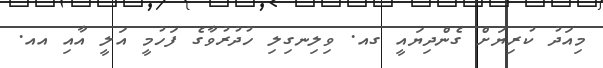
މިއަދު ކުރިޔަށް ގެންދިޔައީ ގއ. ވިލިނގިލި ހުދުރުވާގެ ފަހުމީ އަލީ އާއި އއ.